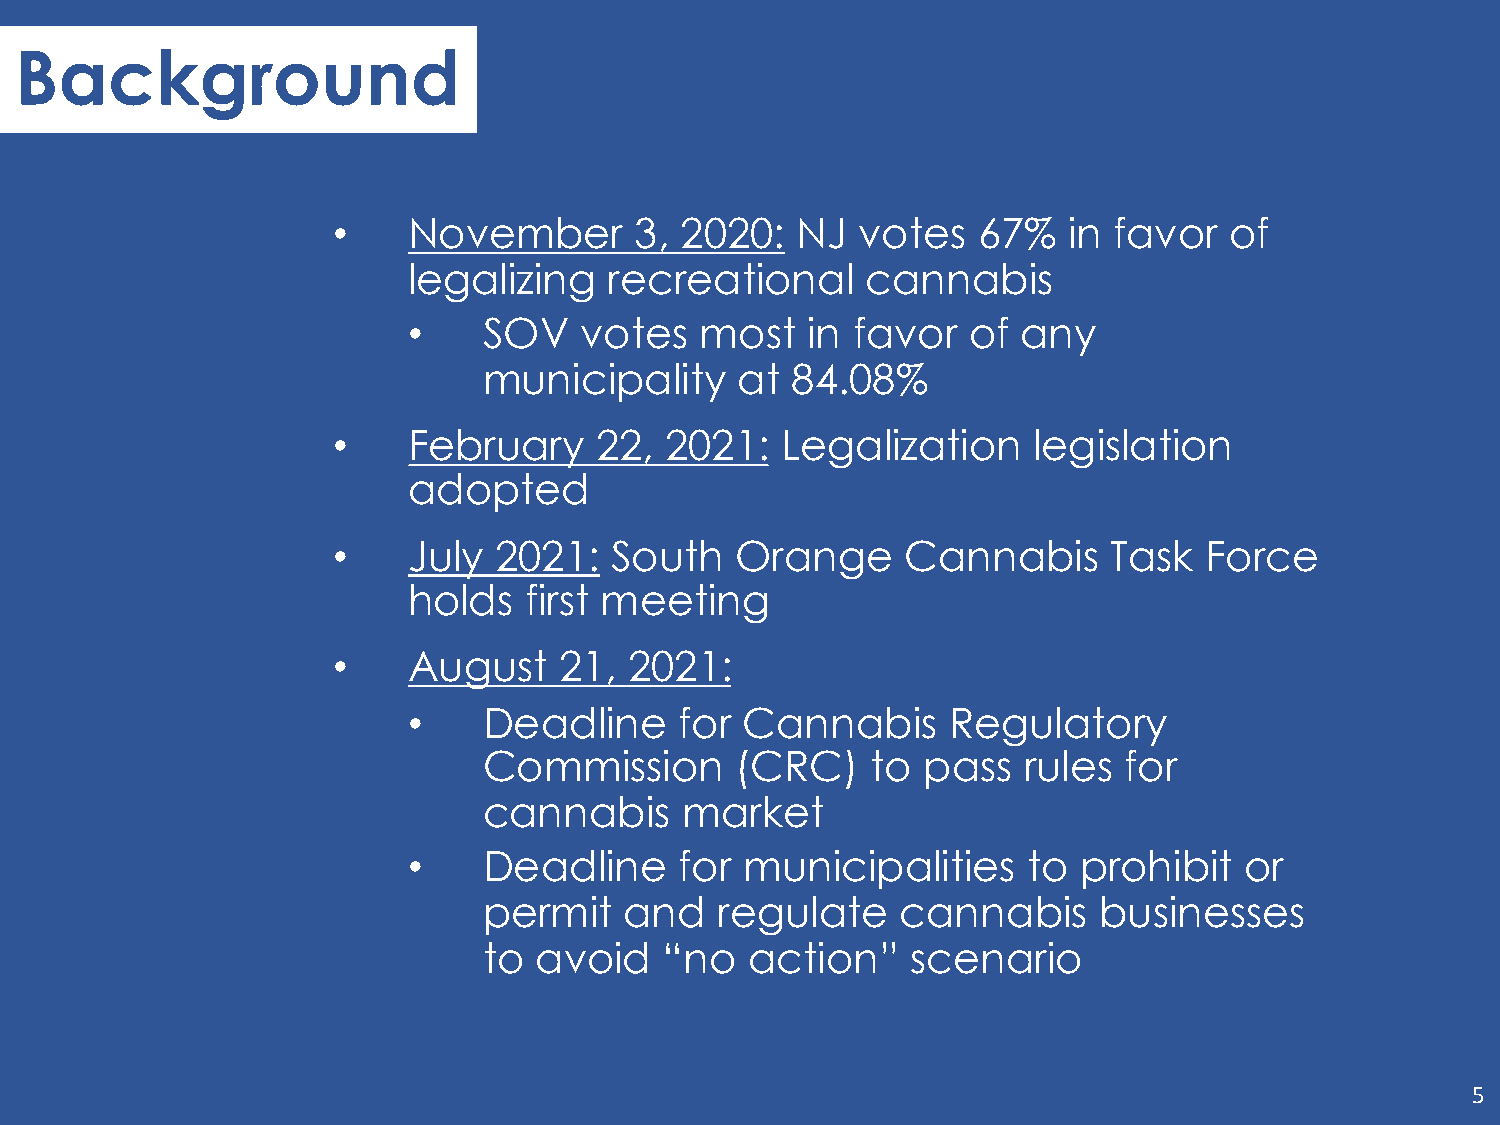
Background
 •    November       3, 2020:   NJ  votes   67%   in favor  of
 legalizing   recreational     cannabis
 •    SOV   votes   most   in favor   of  any
 municipality     at 84.08%
 •    February    22,  2021:   Legalization    legislation
 adopted
 •    July  2021:  South    Orange     Cannabis      Task  Force
 holds   first meeting
 •    August    21,  2021:
 •    Deadline     for Cannabis      Regulatory
 Commission       (CRC)    to pass   rules for
 cannabis     market
 •    Deadline     for municipalities     to prohibit   or
 permit   and   regulate     cannabis     businesses
 to avoid    “no   action”   scenario
 5